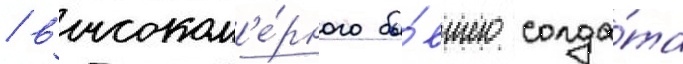
/ высоком'е́рного бы́вшего солда́та